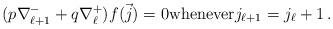
\begin{align*} (p\nabla_{\ell+1}^- + q\nabla_\ell^+ ) f (\vec{j})=0{\rm whenever } j_{\ell+1}=j_\ell+1\,.\end{align*}